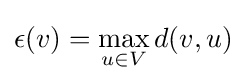
\epsilon (v)=\max _{u\in V}d(v,u)